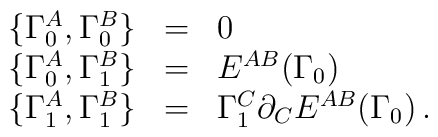
\begin{array}{rcl}\{\Gamma^A_0,\Gamma^B_0\} &=& 0 \cr  \{\Gamma^A_0,\Gamma^B_1\} &=& E^{AB}(\Gamma_0) \cr\{\Gamma^A_1,\Gamma^B_1\} &=& \Gamma^C_1\partial_C E^{AB}(\Gamma_0) \,.\end{array}